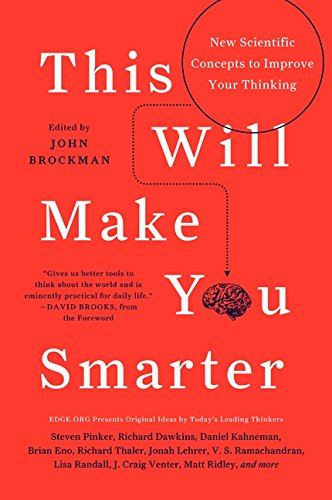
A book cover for This Will Make You Smarter: New Scientific Concepts to Improve Your Thinking (Edge Question Series); John Brockman; Science & Math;